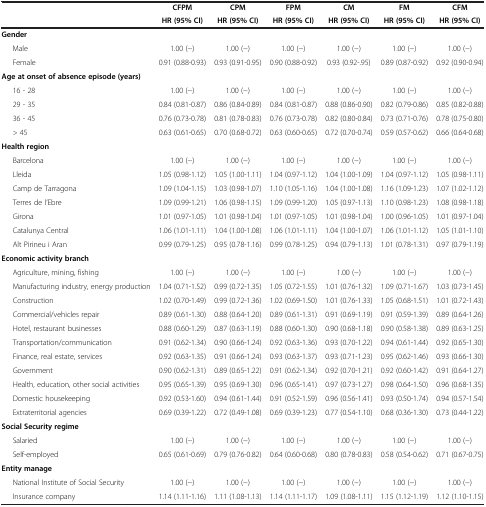
<table><thead><tr><td><b> </b></td><td><b> </b></td><td><b>CFPM</b></td><td><b>CPM</b></td><td><b>FPM</b></td><td><b>CM</b></td><td><b>FM</b></td><td><b>CFM</b></td></tr><tr><td><b> </b></td><td><b> </b></td><td><b>HR (95% CI)</b></td><td><b>HR (95% CI)</b></td><td><b>HR (95% CI)</b></td><td><b>HR (95% CI)</b></td><td><b>HR (95% CI)</b></td><td><b>HR (95% CI)</b></td></tr></thead><tbody><tr><td colspan="2"><b>Gender</b></td><td> </td><td> </td><td> </td><td> </td><td> </td><td> </td></tr><tr><td> </td><td>Male</td><td>1.00 (-)</td><td>1.00 (-)</td><td>1.00 (-)</td><td>1.00 (-)</td><td>1.00 (-)</td><td>1.00 (-)</td></tr><tr><td> </td><td>Female</td><td>0.91 (0.88-0.93)</td><td>0.93 (0.91-0.95)</td><td>0.90 (0.88-0.92)</td><td>0.93 (0.92-.95)</td><td>0.89 (0.87-0.92)</td><td>0.92 (0.90-0.94)</td></tr><tr><td colspan="2"><b>Age at onset of absence episode (years)</b></td><td> </td><td> </td><td> </td><td> </td><td> </td><td> </td></tr><tr><td> </td><td>16 - 28</td><td>1.00 (-)</td><td>1.00 (-)</td><td>1.00 (-)</td><td>1.00 (-)</td><td>1.00 (-)</td><td>1.00 (-)</td></tr><tr><td> </td><td>29 - 35</td><td>0.84 (0.81-0.87)</td><td>0.86 (0.84-0.89)</td><td>0.84 (0.81-0.87)</td><td>0.88 (0.86-0.90)</td><td>0.82 (0.79-0.86)</td><td>0.85 (0.82-0.88)</td></tr><tr><td> </td><td>36 - 45</td><td>0.76 (0.73-0.78)</td><td>0.81 (0.78-0.83)</td><td>0.76 (0.73-0.78)</td><td>0.82 (0.80-0.84)</td><td>0.73 (0.71-0.76)</td><td>0.78 (0.75-0.80)</td></tr><tr><td> </td><td>&gt; 45</td><td>0.63 (0.61-0.65)</td><td>0.70 (0.68-0.72)</td><td>0.63 (0.60-0.65)</td><td>0.72 (0.70-0.74)</td><td>0.59 (0.57-0.62)</td><td>0.66 (0.64-0.68)</td></tr><tr><td colspan="2"><b>Health region</b></td><td> </td><td> </td><td> </td><td> </td><td> </td><td> </td></tr><tr><td> </td><td>Barcelona</td><td>1.00 (-)</td><td>1.00 (-)</td><td>1.00 (-)</td><td>1.00 (-)</td><td>1.00 (-)</td><td>1.00 (-)</td></tr><tr><td> </td><td>Lleida</td><td>1.05 (0.98-1.12)</td><td>1.05 (1.00-1.11)</td><td>1.04 (0.97-1.12)</td><td>1.04 (1.00-1.09)</td><td>1.04 (0.97-1.12)</td><td>1.05 (0.98-1.11)</td></tr><tr><td> </td><td>Camp de Tarragona</td><td>1.09 (1.04-1.15)</td><td>1.03 (0.98-1.07)</td><td>1.10 (1.05-1.16)</td><td>1.04 (1.00-1.08)</td><td>1.16 (1.09-1.23)</td><td>1.07 (1.02-1.12)</td></tr><tr><td> </td><td>Terres de l’Ebre</td><td>1.09 (0.99-1.21)</td><td>1.06 (0.98-1.15)</td><td>1.09 (0.99-1.20)</td><td>1.05 (0.97-1.13)</td><td>1.10 (0.98-1.23)</td><td>1.08 (0.98-1.18)</td></tr><tr><td> </td><td>Girona</td><td>1.01 (0.97-1.05)</td><td>1.01 (0.98-1.04)</td><td>1.01 (0.97-1.05)</td><td>1.01 (0.98-1.04)</td><td>1.00 (0.96-1.05)</td><td>1.01 (0.97-1.04)</td></tr><tr><td> </td><td>Catalunya Central</td><td>1.06 (1.01-1.11)</td><td>1.04 (1.00-1.08)</td><td>1.06 (1.01-1.11)</td><td>1.04 (1.00-1.07)</td><td>1.06 (1.01-1.12)</td><td>1.05 (1.01-1.10)</td></tr><tr><td> </td><td>Alt Pirineu i Aran</td><td>0.99 (0.79-1.25)</td><td>0.95 (0.78-1.16)</td><td>0.99 (0.78-1.25)</td><td>0.94 (0.79-1.13)</td><td>1.01 (0.78-1.31)</td><td>0.97 (0.79-1.19)</td></tr><tr><td colspan="2"><b>Economic activity branch</b></td><td> </td><td> </td><td> </td><td> </td><td> </td><td> </td></tr><tr><td> </td><td>Agriculture, mining, fishing</td><td>1.00 (-)</td><td>1.00 (-)</td><td>1.00 (-)</td><td>1.00 (-)</td><td>1.00 (-)</td><td>1.00 (-)</td></tr><tr><td> </td><td>Manufacturing industry, energy production</td><td>1.04 (0.71-1.52)</td><td>0.99 (0.72-1.35)</td><td>1.05 (0.72-1.55)</td><td>1.01 (0.76-1.32)</td><td>1.09 (0.71-1.67)</td><td>1.03 (0.73-1.45)</td></tr><tr><td> </td><td>Construction</td><td>1.02 (0.70-1.49)</td><td>0.99 (0.72-1.36)</td><td>1.02 (0.69-1.50)</td><td>1.01 (0.76-1.33)</td><td>1.05 (0.68-1.51)</td><td>1.01 (0.72-1.43)</td></tr><tr><td> </td><td>Commercial/vehicles repair</td><td>0.89 (0.61-1.30)</td><td>0.88 (0.64-1.20)</td><td>0.89 (0.61-1.31)</td><td>0.91 (0.69-1.19)</td><td>0.91 (0.59-1.39)</td><td>0.89 (0.64-1.26)</td></tr><tr><td> </td><td>Hotel, restaurant businesses</td><td>0.88 (0.60-1.29)</td><td>0.87 (0.63-1.19)</td><td>0.88 (0.60-1.30)</td><td>0.90 (0.68-1.18)</td><td>0.90 (0.58-1.38)</td><td>0.89 (0.63-1.25)</td></tr><tr><td> </td><td>Transportation/communication</td><td>0.91 (0.62-1.34)</td><td>0.90 (0.66-1.24)</td><td>0.92 (0.63-1.36)</td><td>0.93 (0.70-1.22)</td><td>0.94 (0.61-1.44)</td><td>0.92 (0.65-1.30)</td></tr><tr><td> </td><td>Finance, real estate, services</td><td>0.92 (0.63-1.35)</td><td>0.91 (0.66-1.24)</td><td>0.93 (0.63-1.37)</td><td>0.93 (0.71-1.23)</td><td>0.95 (0.62-1.46)</td><td>0.93 (0.66-1.30)</td></tr><tr><td> </td><td>Government</td><td>0.90 (0.62-1.31)</td><td>0.89 (0.65-1.22)</td><td>0.91 (0.62-1.34)</td><td>0.92 (0.70-1.21)</td><td>0.92 (0.60-1.42)</td><td>0.91 (0.64-1.27)</td></tr><tr><td> </td><td>Health, education, other social activities</td><td>0.95 (0.65-1.39)</td><td>0.95 (0.69-1.30)</td><td>0.96 (0.65-1.41)</td><td>0.97 (0.73-1.27)</td><td>0.98 (0.64-1.50)</td><td>0.96 (0.68-1.35)</td></tr><tr><td> </td><td>Domestic housekeeping</td><td>0.92 (0.53-1.60)</td><td>0.94 (0.61-1.44)</td><td>0.91 (0.52-1.59)</td><td>0.96 (0.56-1.41)</td><td>0.93 (0.50-1.74)</td><td>0.94 (0.57-1.54)</td></tr><tr><td> </td><td>Extraterritorial agencies</td><td>0.69 (0.39-1.22)</td><td>0.72 (0.49-1.08)</td><td>0.69 (0.39-1.23)</td><td>0.77 (0.54-1.10)</td><td>0.68 (0.36-1.30)</td><td>0.73 (0.44-1.22)</td></tr><tr><td colspan="2"><b>Social Security regime</b></td><td> </td><td> </td><td> </td><td> </td><td> </td><td> </td></tr><tr><td> </td><td>Salaried</td><td>1.00 (-)</td><td>1.00 (-)</td><td>1.00 (-)</td><td>1.00 (-)</td><td>1.00 (-)</td><td>1.00 (-)</td></tr><tr><td> </td><td>Self-employed</td><td>0.65 (0.61-0.69)</td><td>0.79 (0.76-0.82)</td><td>0.64 (0.60-0.68)</td><td>0.80 (0.78-0.83)</td><td>0.58 (0.54-0.62)</td><td>0.71 (0.67-0.75)</td></tr><tr><td colspan="2"><b>Entity manage</b></td><td> </td><td> </td><td> </td><td> </td><td> </td><td> </td></tr><tr><td> </td><td>National Institute of Social Security</td><td>1.00 (-)</td><td>1.00 (-)</td><td>1.00 (-)</td><td>1.00 (-)</td><td>1.00 (-)</td><td>1.00 (-)</td></tr><tr><td> </td><td>Insurance company</td><td>1.14 (1.11-1.16)</td><td>1.11 (1.08-1.13)</td><td>1.14 (1.11-1.17)</td><td>1.09 (1.08-1.11)</td><td>1.15 (1.12-1.19)</td><td>1.12 (1.10-1.15)</td></tr></tbody></table>